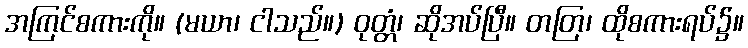
အကြင်စကားကို။ (မယာ၊ ငါသည်။) ဝုတ္တံ၊ ဆိုအပ်ပြီ။ တတြ၊ ထိုစကားရပ်၌။